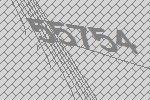
55754